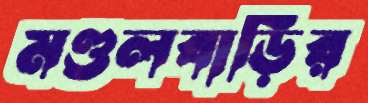
মণ্ডলবাড়ির